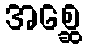
အစ္ဆေ